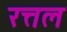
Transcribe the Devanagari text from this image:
रत्तल